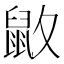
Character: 𪔻